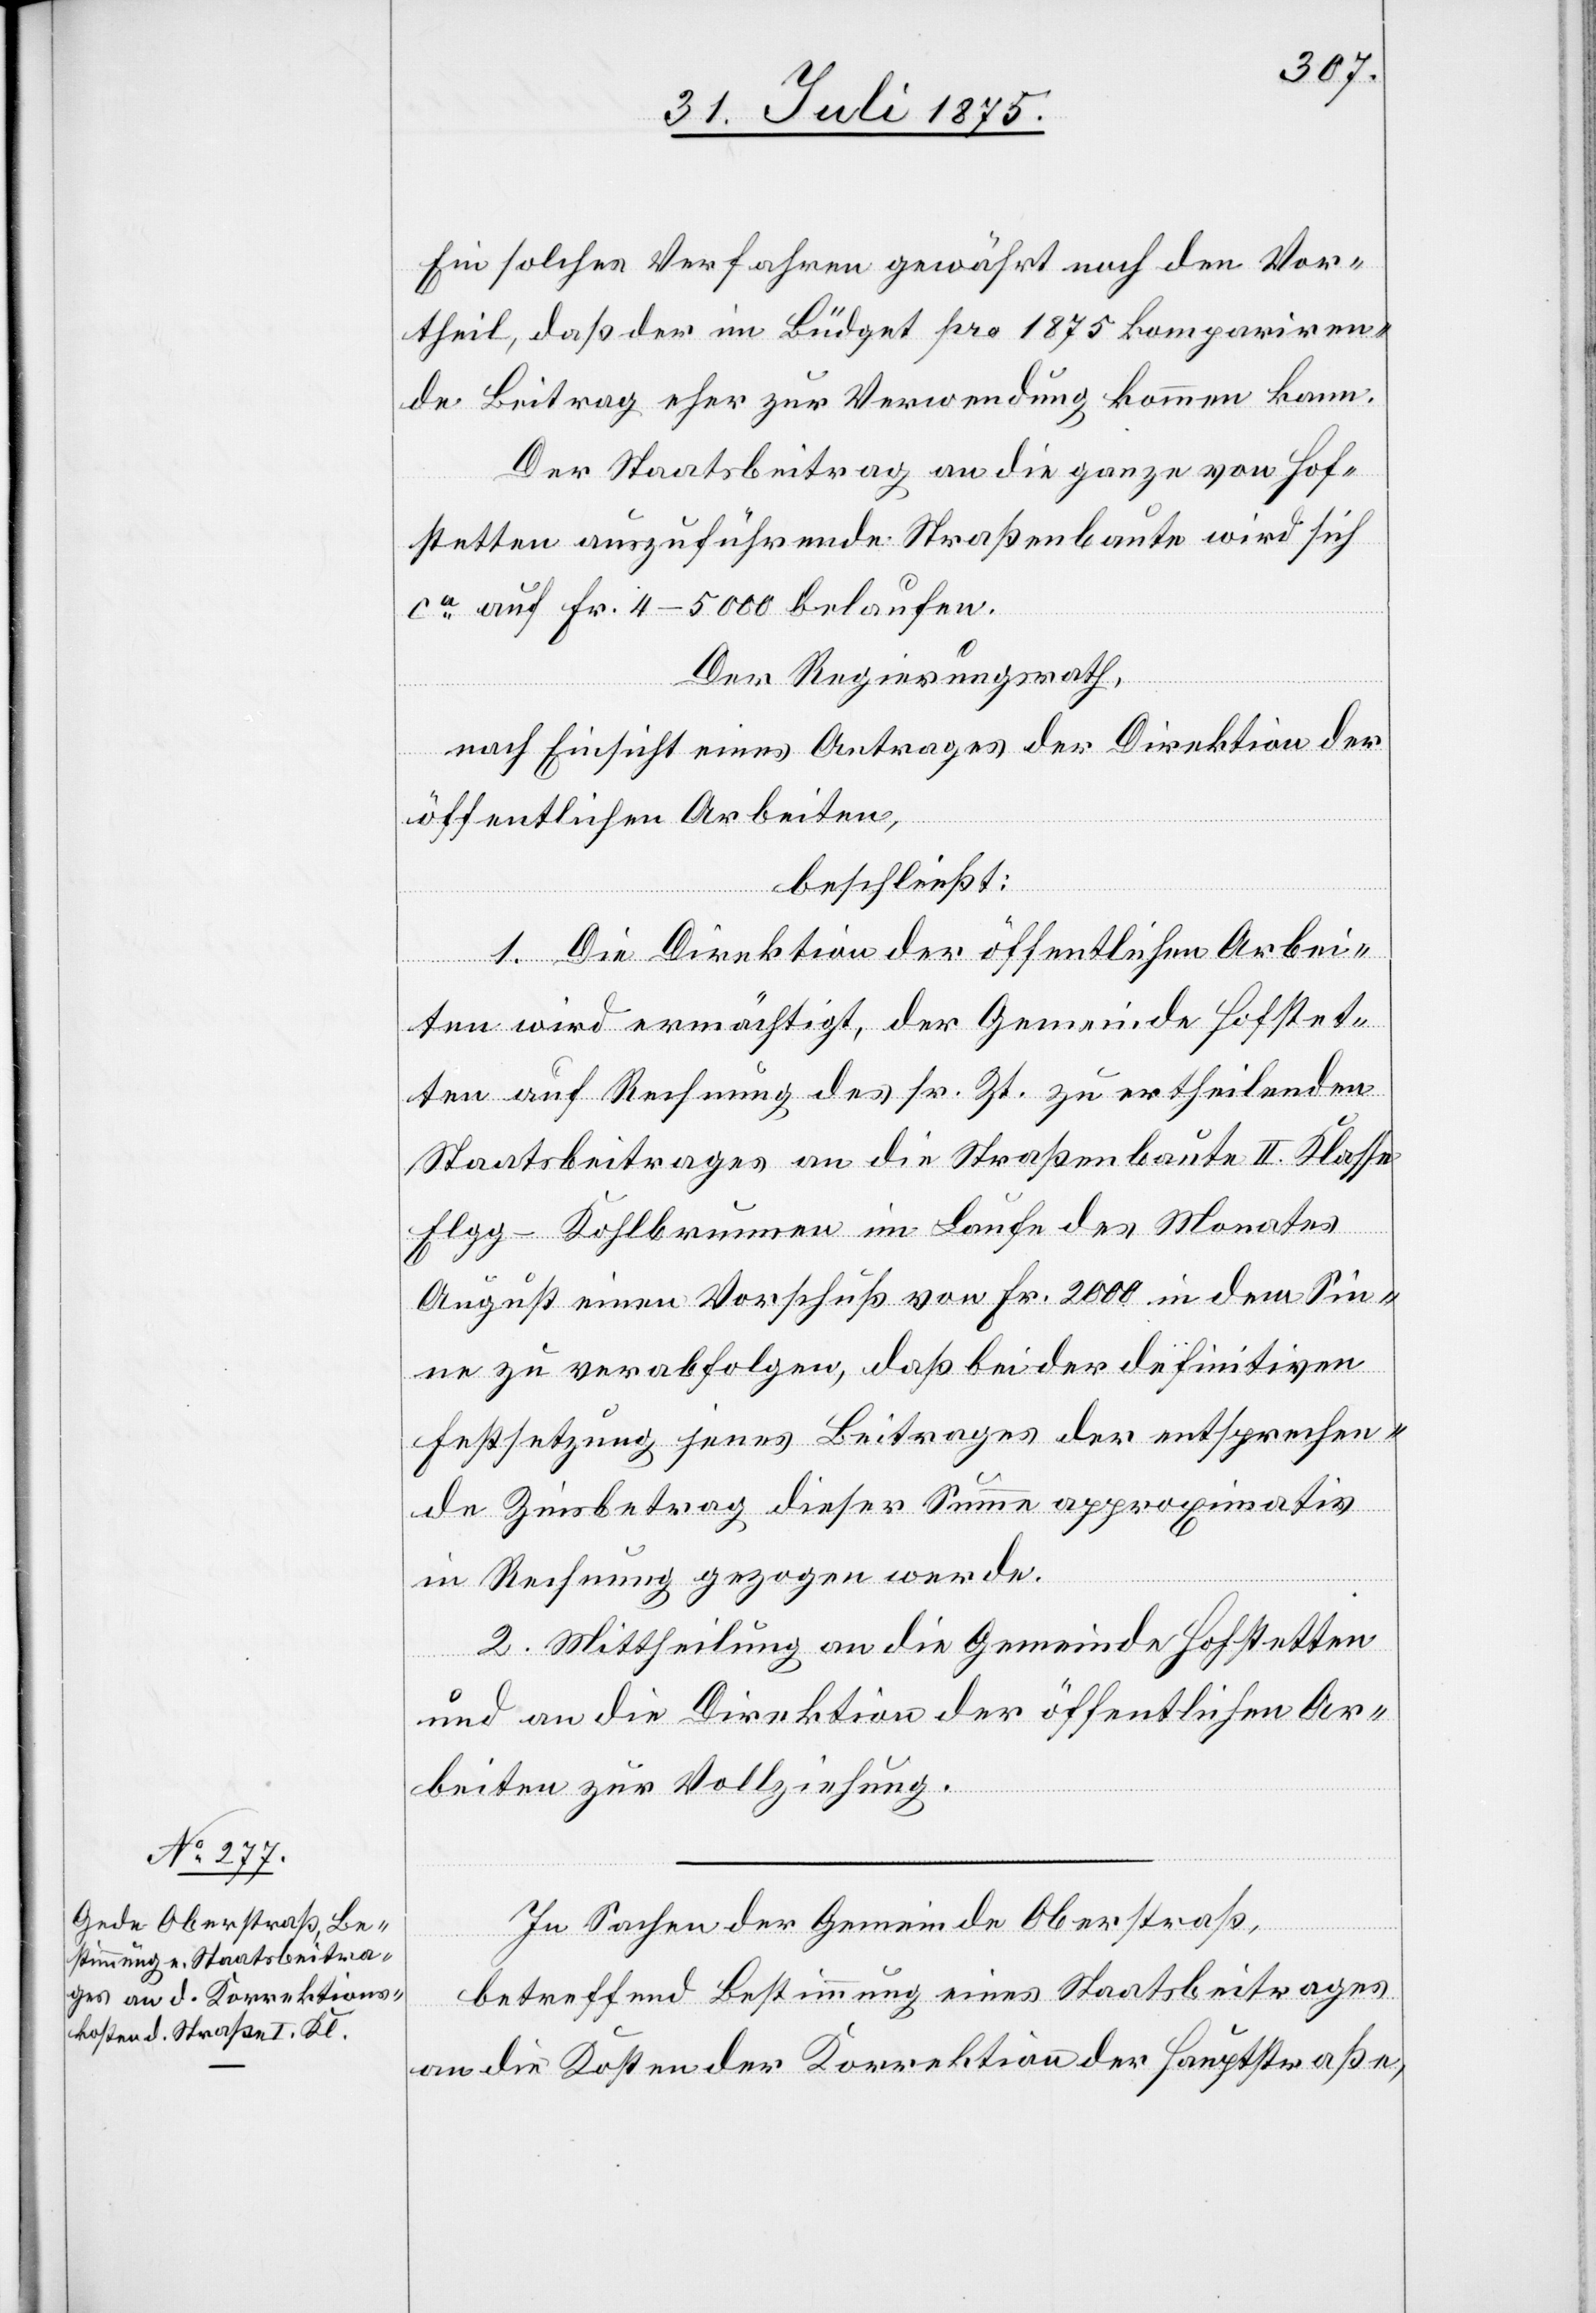
Ein solches Verfahren gewährt noch den Vor¬
theil, daß so der im Büdget pro 1875 kompariren¬
de Beitrag eher zur Verwendung kommen kann.
Der Staatsbeitrag an die ganze von Hof¬
stetten auszuführende Straßenbaute wird sich
ca auf Fr. 4–5000 belaufen.
Der Regierungsrath,
nach Einsicht eines Antrages der Direktion der
öffentlichen Arbeiten,
beschließt:
1. Die Direktion der öffentlichen Arbei¬
ten wird ermächtigt, der Gemeinde Hofstet¬
ten auf Rechnung des sr. Zt. zu ertheilenden
Staatsbeitrages an die Straßenbaute II. Klasse
Elgg–Kohlbrunnen im Laufe des Monates
August einen Vorschuß von Fr. 2000 in dem Sin¬
ne zu verabfolgen, daß bei der definitiven
Festsetzung jenes Beitrages der entsprechen¬
de Zinsbetrag dieser Summe approximativ
in Rechnung gezogen werde.
2. Mittheilung an die Gemeinde Hofstetten
und an die Direktion der öffentlichen Ar¬
beiten zur Vollziehung.
In Sachen der Gemeinde Oberstraß,
betreffend Bestimmung eines Staatsbeitrages
an die Kosten der Korrektion der Hauptstraße,